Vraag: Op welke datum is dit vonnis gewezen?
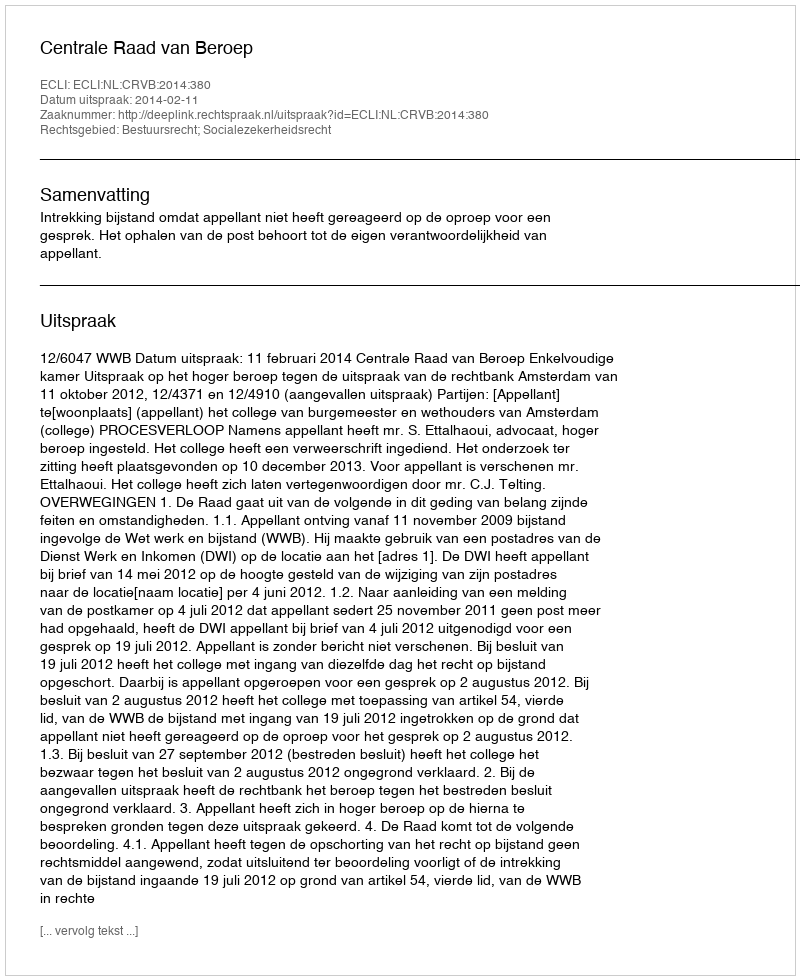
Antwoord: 2014-02-11